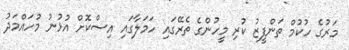
މަރުގެ ހުކުމް ތަންފީޒު ކުރި މީހުންގެ ތެރޭގައި ހަމަލާގައި އިސްކޮށް އުޅުނު މުހައްމަދު